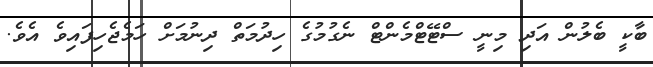
ބާކީ ބެލުން އަދި މިނީ ސްޓޭޓްމެންޓް ނެގުމުގެ ހިދުމަތް ދިނުމަށް ހަމެޖެހިފައިވެ އެވެ.